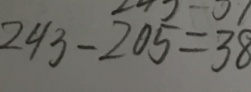
2 4 3 - 2 0 5 = 3 8